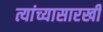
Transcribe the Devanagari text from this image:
त्यांच्यासारखी